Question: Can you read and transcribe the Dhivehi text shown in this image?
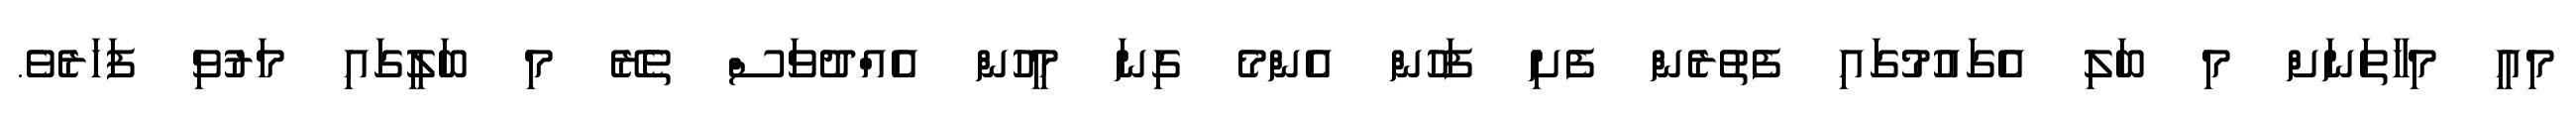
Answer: މިއީ މިހާތަނަށް މި ބަލި އެގައުމުގައި ފެތުރެން ފެށި ފަހުން އެންމެ ގިނަ މީހުން އެއްދުވަސް ތެރޭ މި ބަލީގައި މަރުވި ފަހަރެވެ.